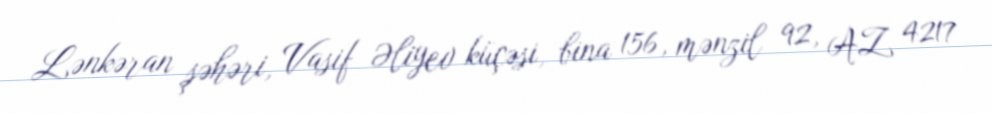
Lənkəran şəhəri, Vasif Əliyev küçəsi, bina 156, mənzil 92, AZ 4217